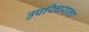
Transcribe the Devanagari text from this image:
उपरिचराला